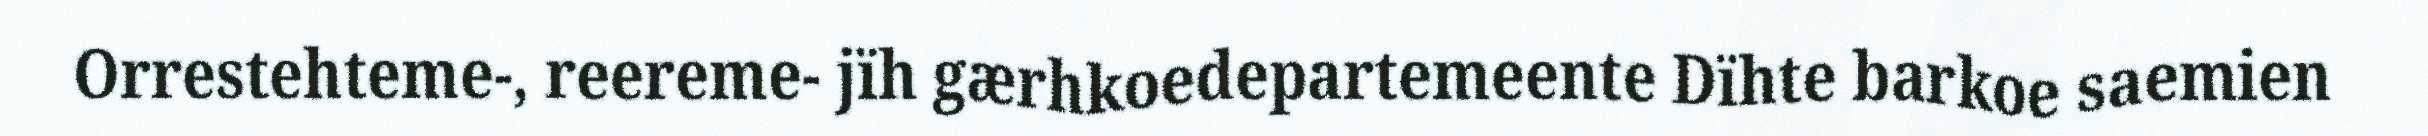
Orrestehteme-, reereme- jïh gærhkoedepartemeente Dïhte barkoe saemien